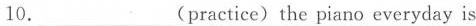
10._(practice)the piano everyday is